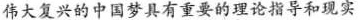
伟大复兴的中国梦具有重要的理论指导和现实